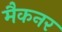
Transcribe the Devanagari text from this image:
मैकनर